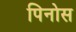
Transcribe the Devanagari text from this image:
पिनोस